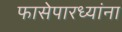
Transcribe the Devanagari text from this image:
फासेपारध्यांना